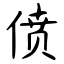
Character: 偾